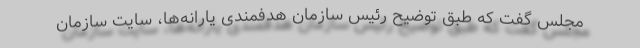
مجلس گفت که طبق توضیح رئیس سازمان هدفمندی یارانه‌ها، سایت سازمان